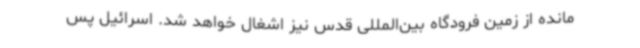
مانده از زمین فرودگاه بین‌المللی قدس نیز اشغال خواهد شد. اسرائیل پس